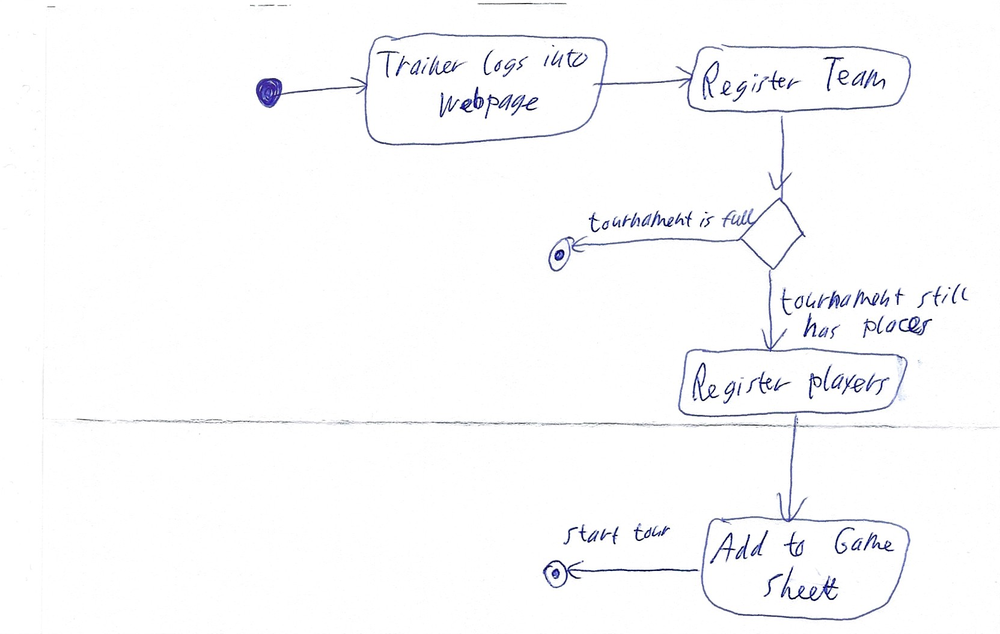
Diagram type: activity_diagram
```plantuml
@startuml

start

:Trainer logs into webpage;

:Register team;

if () then (tournament is full)
  stop
else (tournament still has places)
  :Register players;
  :Add to Game Sheet;
  stop
endif

@enduml
```